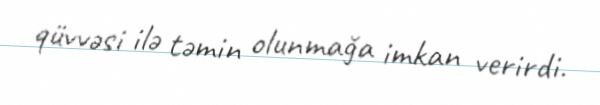
qüvvəsi ilə təmin olunmağa imkan verirdi.